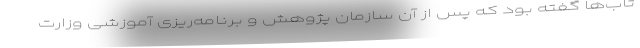
تاب‌ها گفته بود که پس از آن سازمان پژوهش و برنامه‌ریزی آموزشی­ وزارت